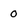
Character: 0